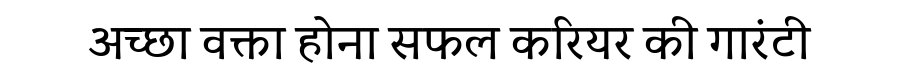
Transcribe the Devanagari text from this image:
अच्छा वक्ता होना सफल करियर की गारंटी